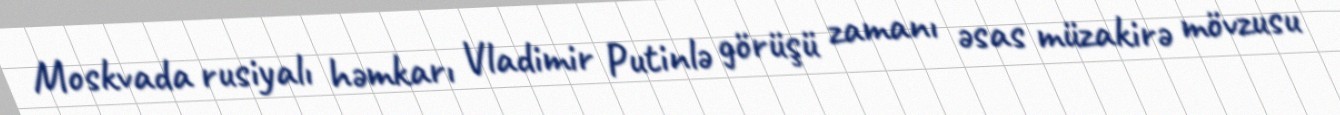
Moskvada rusiyalı həmkarı Vladimir Putinlə görüşü zamanı əsas müzakirə mövzusu